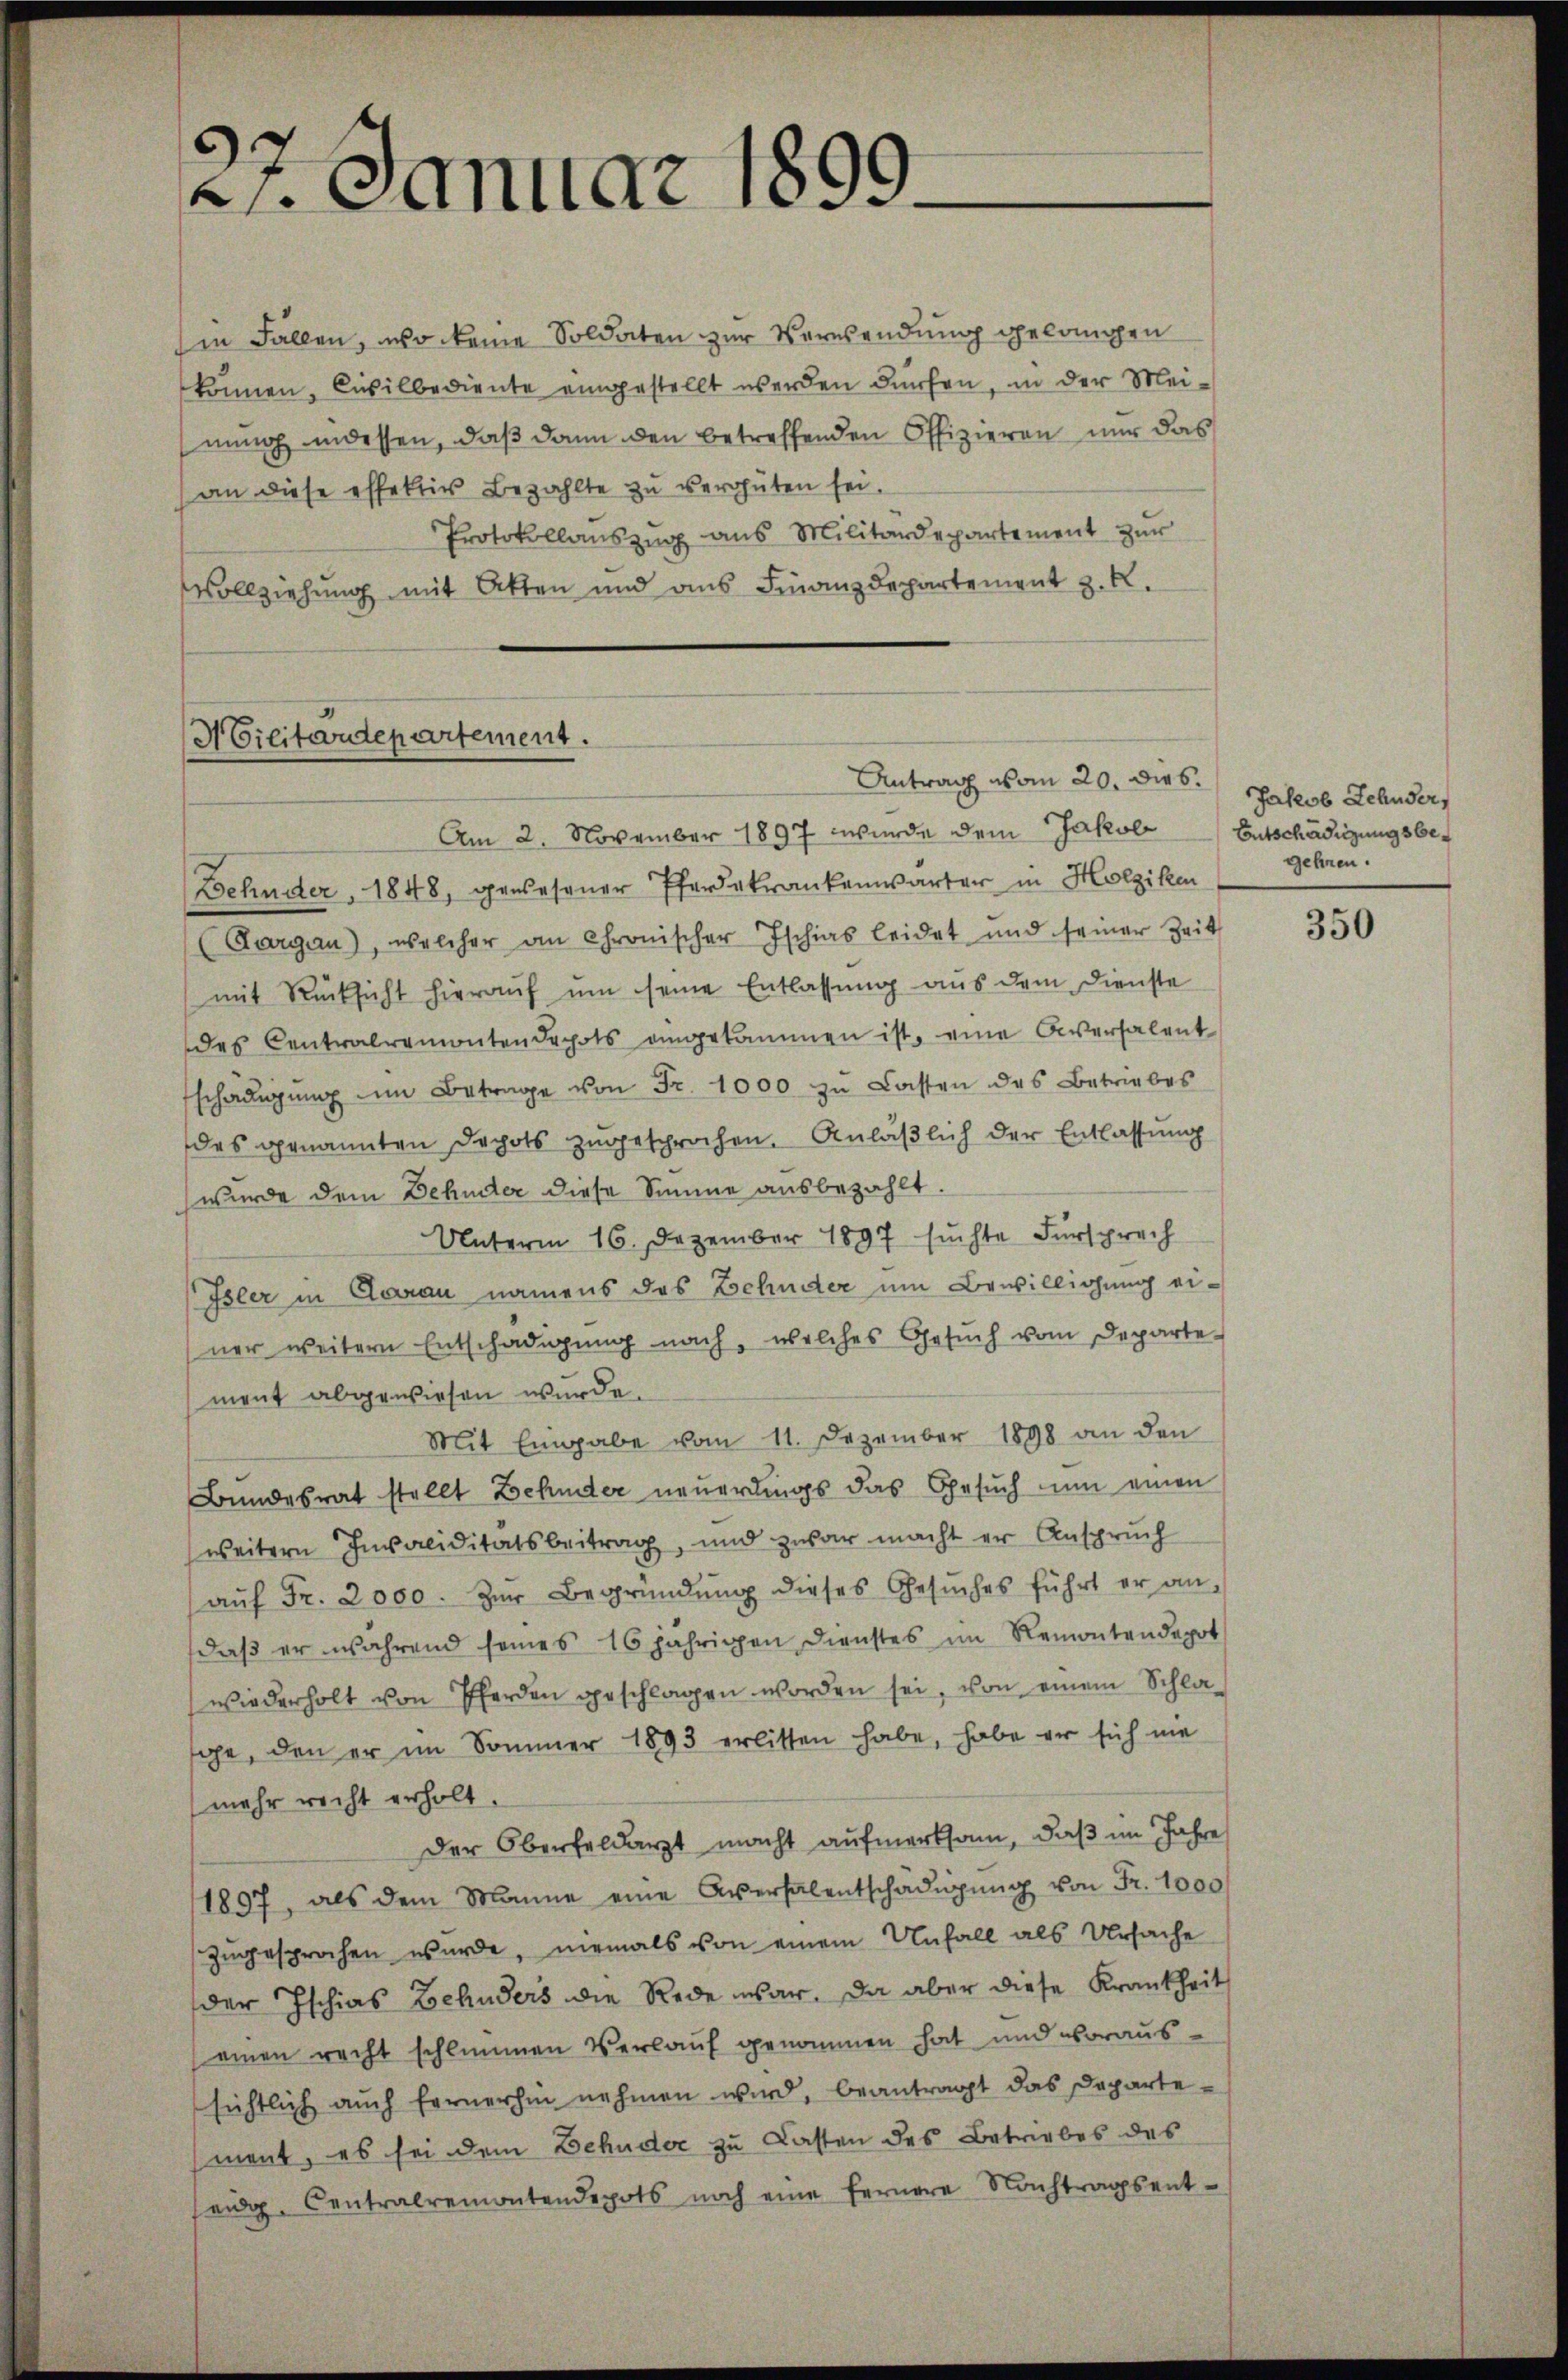
)
21. Januar ....

(in Fällen, wo keine Soldaten zur Verwendung gelangen
können. Civilbediente eingestellt werden dürfen, in der Meinng indessen, daß dann den betreffenden Offizieren nur das
(an diese effektiv bezahlte zu vergüten sei,
Protokollaŭszŭg ans Militärdepartement zŭr
Vollziehung mit Atten und aus Finanzdepartement z. R.

Militärdepartement.
Antrag vom 20. dies Jakob Schuser,

Am 2. November 1897 wurde dem Jakob Entschädigungsbe¬
Behnder, 1848, genesener Pferdekrankenwärter in Holziken
(Aargau), welcher an Chronischer Ischias leidet und seiner Zeit
mit Rücksicht hieraŭf ŭm seine Entlassung aus dem Dienste
des Centralremontendepots angekammen ist, eine Diversalent
schädigŭng im Betrage von Fr. 1000 zu Lasten des Betriebes
des genannten Dechots zugesprochen. Anläßlich der Entlassung
wurde dem Behinter diese Summe ausbezahlt
Unterm 16. Dezember 1897 sŭchte Fürsprech
Isler in Clarau namens das Behuder um Bewilligung einer weitern Entschädigung nach, welches Gesŭch vom Departe-
ment abgewiesen wurde.
Mit Eingabe vom 11. Dezember 1898 an den
Bundesrat stellt Behuder neuerdings das Gesuch um einen
weitern Invaliditätsbeitrag, und zwar macht er Anspruch
aŭf Fr. 2000. zŭr Begründŭng dieses Gesŭches führt er an,
daß er während seines 16 jährigen Dienstes im Remontendepot
wiederholt von Pferden geschlagen worden sei, von einem Schlasche, den er im Sommer 1893 erlitten habe, habe er sich nie
(mehr recht erholt,
Der Oberfeldarzt macht aufmerksam, daß im Jahre
1897, als dem Manne eine Aversalentschädigŭng von Fr. 1000
zugesprochen wurde, niemals von einem Unfall als Ursache
der Ischias Zehnders die Rede war. Da aber diese Krankheit
einen recht schlimmen Verlauf genommen hat und voraus
sichtlich auch fernerhin nehmen wird, beantragt das Departement, es sei dem Behuder zu Lasten des Betriebes des
seidg. Centralremontendepots noch eine fernere Nachtragsent¬

gehren.

350